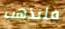
فلنذهب